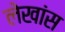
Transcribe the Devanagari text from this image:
लेखांस